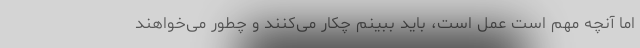
امّا آنچه مهم است عمل است، باید ببینم چکار می‌کنند و چطور می‌خواهند